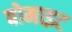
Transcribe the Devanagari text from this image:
बोमाइट